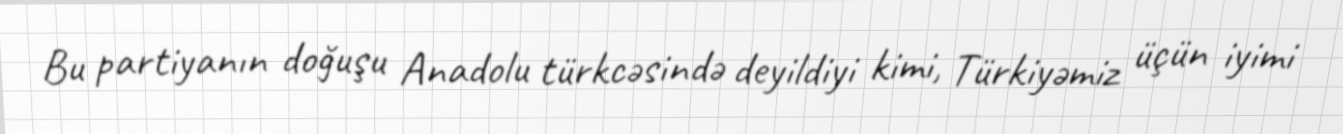
Bu partiyanın doğuşu Anadolu türkcəsində deyildiyi kimi, Türkiyəmiz üçün iyimi